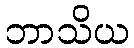
ဘာသိယ